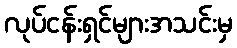
လုပ်ငန်းရှင်များအသင်းမှ